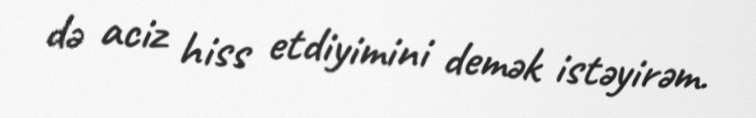
də aciz hiss etdiyimini demək istəyirəm.